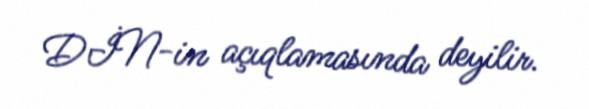
DİN-in açıqlamasında deyilir.